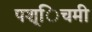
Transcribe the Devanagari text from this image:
पश्िचमी